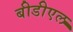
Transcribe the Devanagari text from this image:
बीडीएल